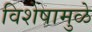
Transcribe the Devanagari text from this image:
विशेषामुळे